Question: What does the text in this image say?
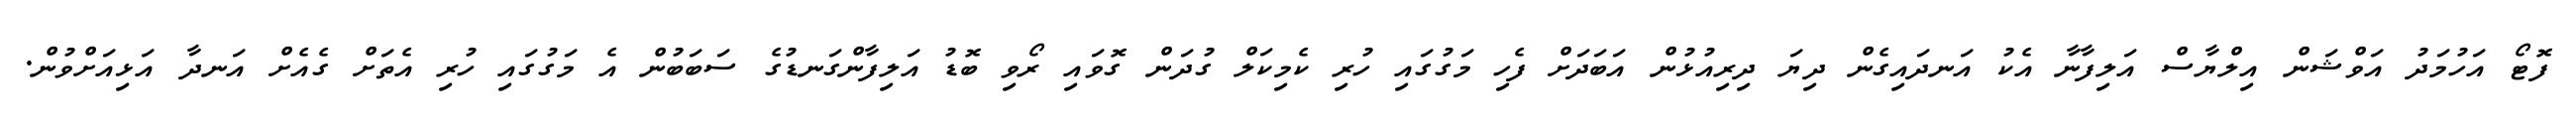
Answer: ފޮޓޯ އަހުމަދު އަވްޝަން އިލްޔާސް އަލިފާނާ އެކު އަނދައިގެން ދިޔަ ދިރިއުޅުން އަބަދަށް ފެހި މަގުގައި ހުރި ކެމިކަލް ގުދަން ގޮވައި ރޯވި ބޮޑު އަލިފާންގަނޑުގެ ސަބަބުން އެ މަގުގައި ހުރި އެތަށް ގެއެށް އަނދާ އަޅިއަށްވުން.